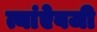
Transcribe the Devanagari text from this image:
त्यांऐवजी